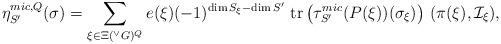
LaTeX: \begin{align*} \eta_{S'}^{mic,Q}(\sigma ) = \sum_{\xi \in \Xi({^\vee}G)^{Q}} e(\xi)(-1)^{\dim S_{\xi} - \dim S' }\ \mathrm{tr}\left( \tau_{S'}^{mic}(P(\xi))(\sigma_{\xi })\right) \, (\pi(\xi), \mathcal{I}_{\xi}) ,\end{align*}